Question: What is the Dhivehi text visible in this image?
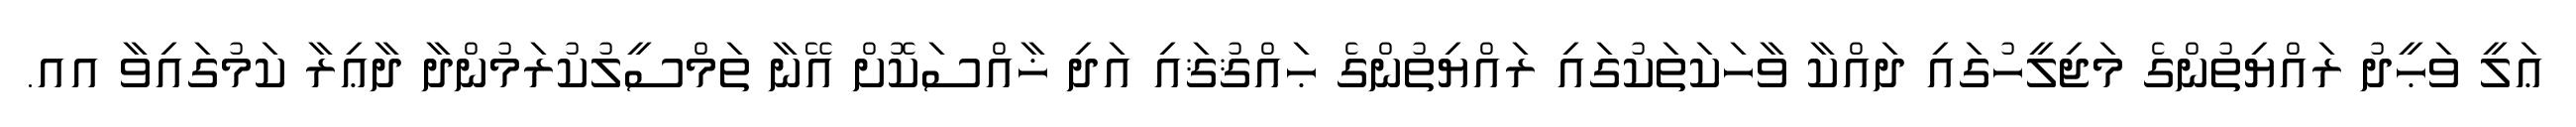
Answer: ޢަލީ ވަޙީދު ރައްޔިތުންގެ މަޖިލީހުގައި ދައްކާ ވާހަކަތަކުގައި ރައްޔިތުންގެ ޙައްޤުޤައި އަދި ޚާއްސަކޮށް އޭނާ ތަމްސީލުކުރަމުންދާ ދާޢިރާ ކަމުގައިވާ އއ.